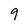
Character: 9